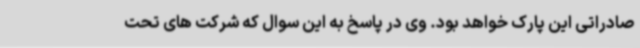
صادراتی این پارک خواهد بود. وی در پاسخ به این سوال که شرکت های تحت